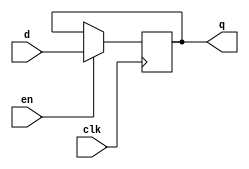

module keyRegister
               (input                  clk, en,
                input      [7:0] d,
                output reg [7:0] q);

   always @(posedge clk)begin
 
	if (en)
	q <= d;
	else
	q <= q;
	end
	endmodule